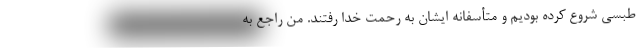
طبسی شروع کرده بودیم و متأسفانه ایشان به رحمت خدا رفتند. من راجع به